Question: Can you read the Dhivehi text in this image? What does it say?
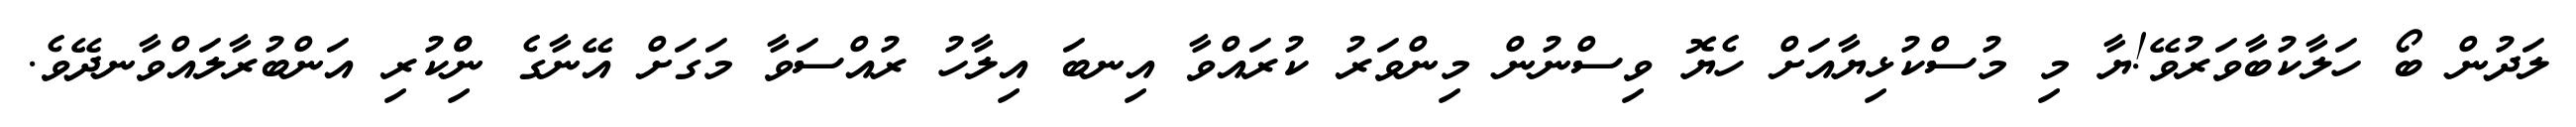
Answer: ލަދުން ބޯ ހަލާކުބާވަރުވޭ!ޔާ މި މުސްކުޅިޔާއަށް ހެޔޮ ވިސްނުން މިންވަރު ކުރައްވާ އިނބަ އިލާހު ރުއްސަވާ މަގަށް އޭނާގެ ނިްްކުރި އަންބުރާލައްވާނދޭވެ.